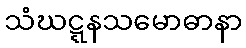
သံဃဋ္ဋနသမောဓာနာ